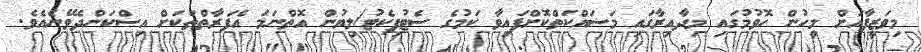
މިވަޒީފާއަށް މީހުން ހޮވުމުގައި މިދާއިރާގައި މަސައްކަތްކޮށްފައިވާ ކަމުގެ ސެޓުފިކެޓު/ލިޔުން އޮތްނަމަ އެފަރާތްތަކަށް އިސްކަންދެވޭނެއެވެ.